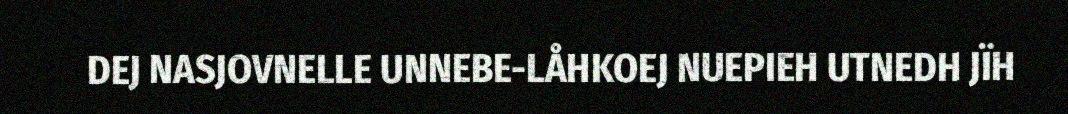
DEJ NASJOVNELLE UNNEBE-LÅHKOEJ NUEPIEH UTNEDH JÏH